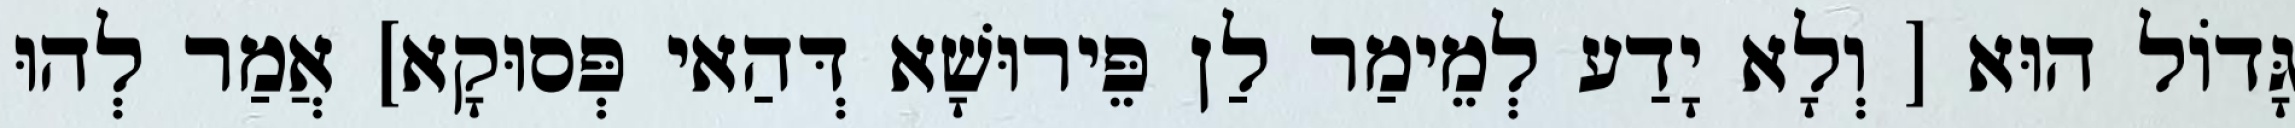
גָּדוֹל הוּא [ וְלָא יָדַע לְמֵימַר לַן פֵּירוּשָׁא דְּהַאי פְּסוּקָא] אֲמַר לְהוּ